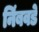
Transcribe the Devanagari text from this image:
निंबवडे